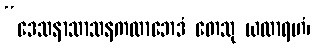
“ဒေသနာသာသနကထာဘေဒံ တေသု ယထာရဟံ၊